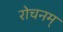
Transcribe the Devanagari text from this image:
रोचनम्